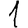
Digit: 1